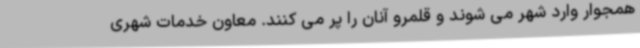
همجوار وارد شهر می شوند و قلمرو آنان را پر می کنند. معاون خدمات شهری